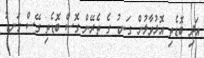
އަދި ބޮޑެތި އޮޅުވާލުން ގަނޑު ގެ ތެރޭން ގޮސް ބޮޑެތި ގޭސް ގަނޑު